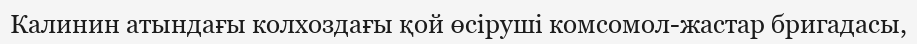
Калинин атындағы колхоздағы қой өсіруші комсомол-жастар бригадасы,